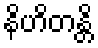
နိဟိတန္တိ